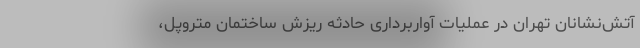
آتش‌نشانان تهران در عملیات آواربرداری حادثه ریزش ساختمان متروپل،